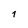
Character: 1